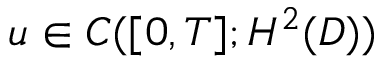
u \in C ( [ 0 , T ] ; H ^ { 2 } ( D ) )